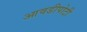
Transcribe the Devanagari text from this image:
आवडीपोटी